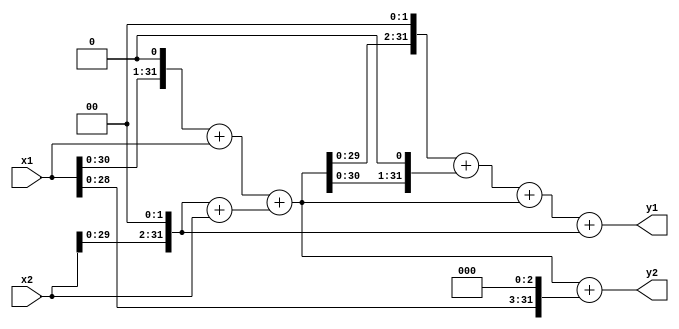
module matrix(y1,y2,x1,x2);
input[31:0] x1;
input [31:0] x2;
output[31:0] y1;
output[31:0] y2;
reg[31:0]c; 
reg[31:0]a;
reg[31:0]b;
always @(x1,x2) begin
  /*   | y1 | |21  39 | | x1 |
       |    |=|       | |    |
       | y2 | |11   5 | | x2 |
                                                                     */
//here c=(3x1 + 7x2)                                                                     
c=(((x1<<1)+x1)+((x2<<2)+x2));
//y1=a= 7(3xl + 5x2) + 4x2= 7c + 4x2
//y2=b= 3x1 + 5x2 +8x1=c + 8x1
a=(((c<<2)+(c<<1)+c)+(x2<<2));

b=(c+(x1<<3));
end
assign y1=a;
assign y2=b;


endmodule